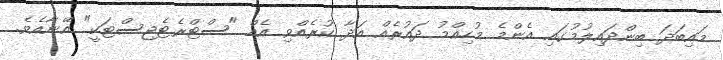
މައިބަދަ ބިންދައިލުމުގައި އެންމެ މުހިއްމު ދައުރެއް އަދާ ކުރެއްވި އެއް "ސްޓްރެޓެޖިސްޓަކީ" އޭނާއެވެ.